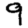
Digit: 9